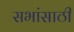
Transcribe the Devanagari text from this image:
सभांसाठी